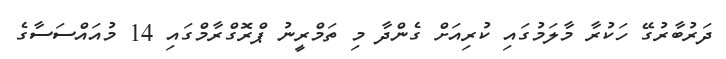
ދަރުބާރުގޭ ހަކުރާ މާލަމުގައި ކުރިއަށް ގެންދާ މި ތަމްރީނު ޕްރޮގްރާމްގައި 14 މުއައްސަސާގެ